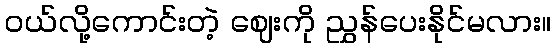
ဝယ်လို့ကောင်းတဲ့ ဈေးကို ညွှန်ပေးနိုင်မလား။